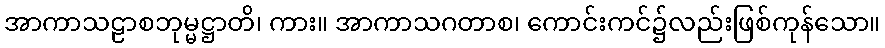
အာကာသဠာစဘုမ္မဋ္ဌာတိ၊ ကား။ အာကာသဂတာစ၊ ကောင်းကင်၌လည်းဖြစ်ကုန်သော။